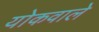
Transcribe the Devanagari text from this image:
योकवाले